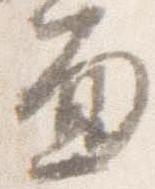
面